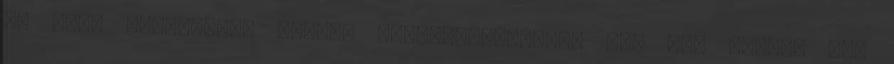
az első mérkőzésen 3-0-ra diadalmaskodtak, így fél lábbal már